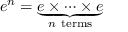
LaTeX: e ^ { n } = \underbrace { e \times \cdots \times e } _ { n { \mathrm { ~ t e r m s } } }